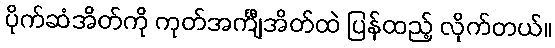
ပိုက်ဆံအိတ်ကို ကုတ်အင်္ကျီအိတ်ထဲ ပြန်ထည့် လိုက်တယ်။